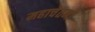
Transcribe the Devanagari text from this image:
महाचेतना